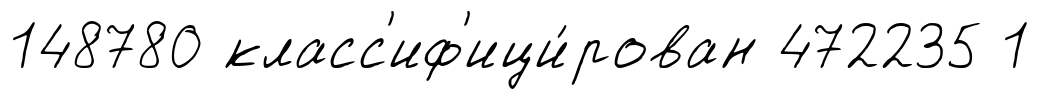
148780 класс'иф'ици́рован 472235 1